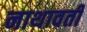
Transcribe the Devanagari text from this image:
नाथावती